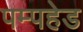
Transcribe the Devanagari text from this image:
पम्पहेड